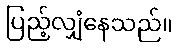
ပြည့်လျှံနေသည်။